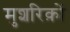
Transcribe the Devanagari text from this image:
मुशरिक़ों